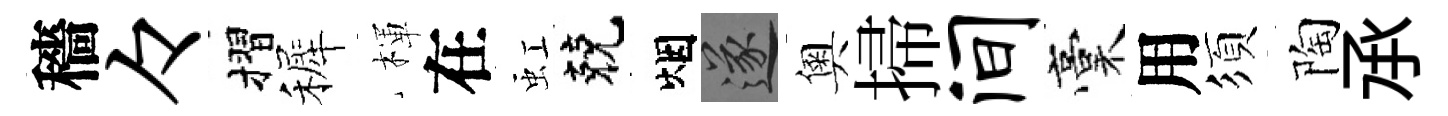
穡々摺裤楎在虹兢烟遂奧掃间稾用須陶𠄘